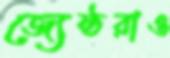
জ্যেষ্ঠরাও